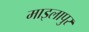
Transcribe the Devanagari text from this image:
माइलापुर